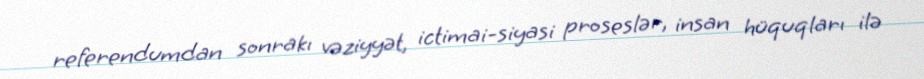
referendumdan sonrakı vəziyyət, ictimai-siyasi proseslər, insan hüquqları ilə